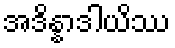
အဒိန္နာဒါယိဿ